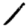
Digit: 1